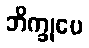
ဘိက္ခုပေ